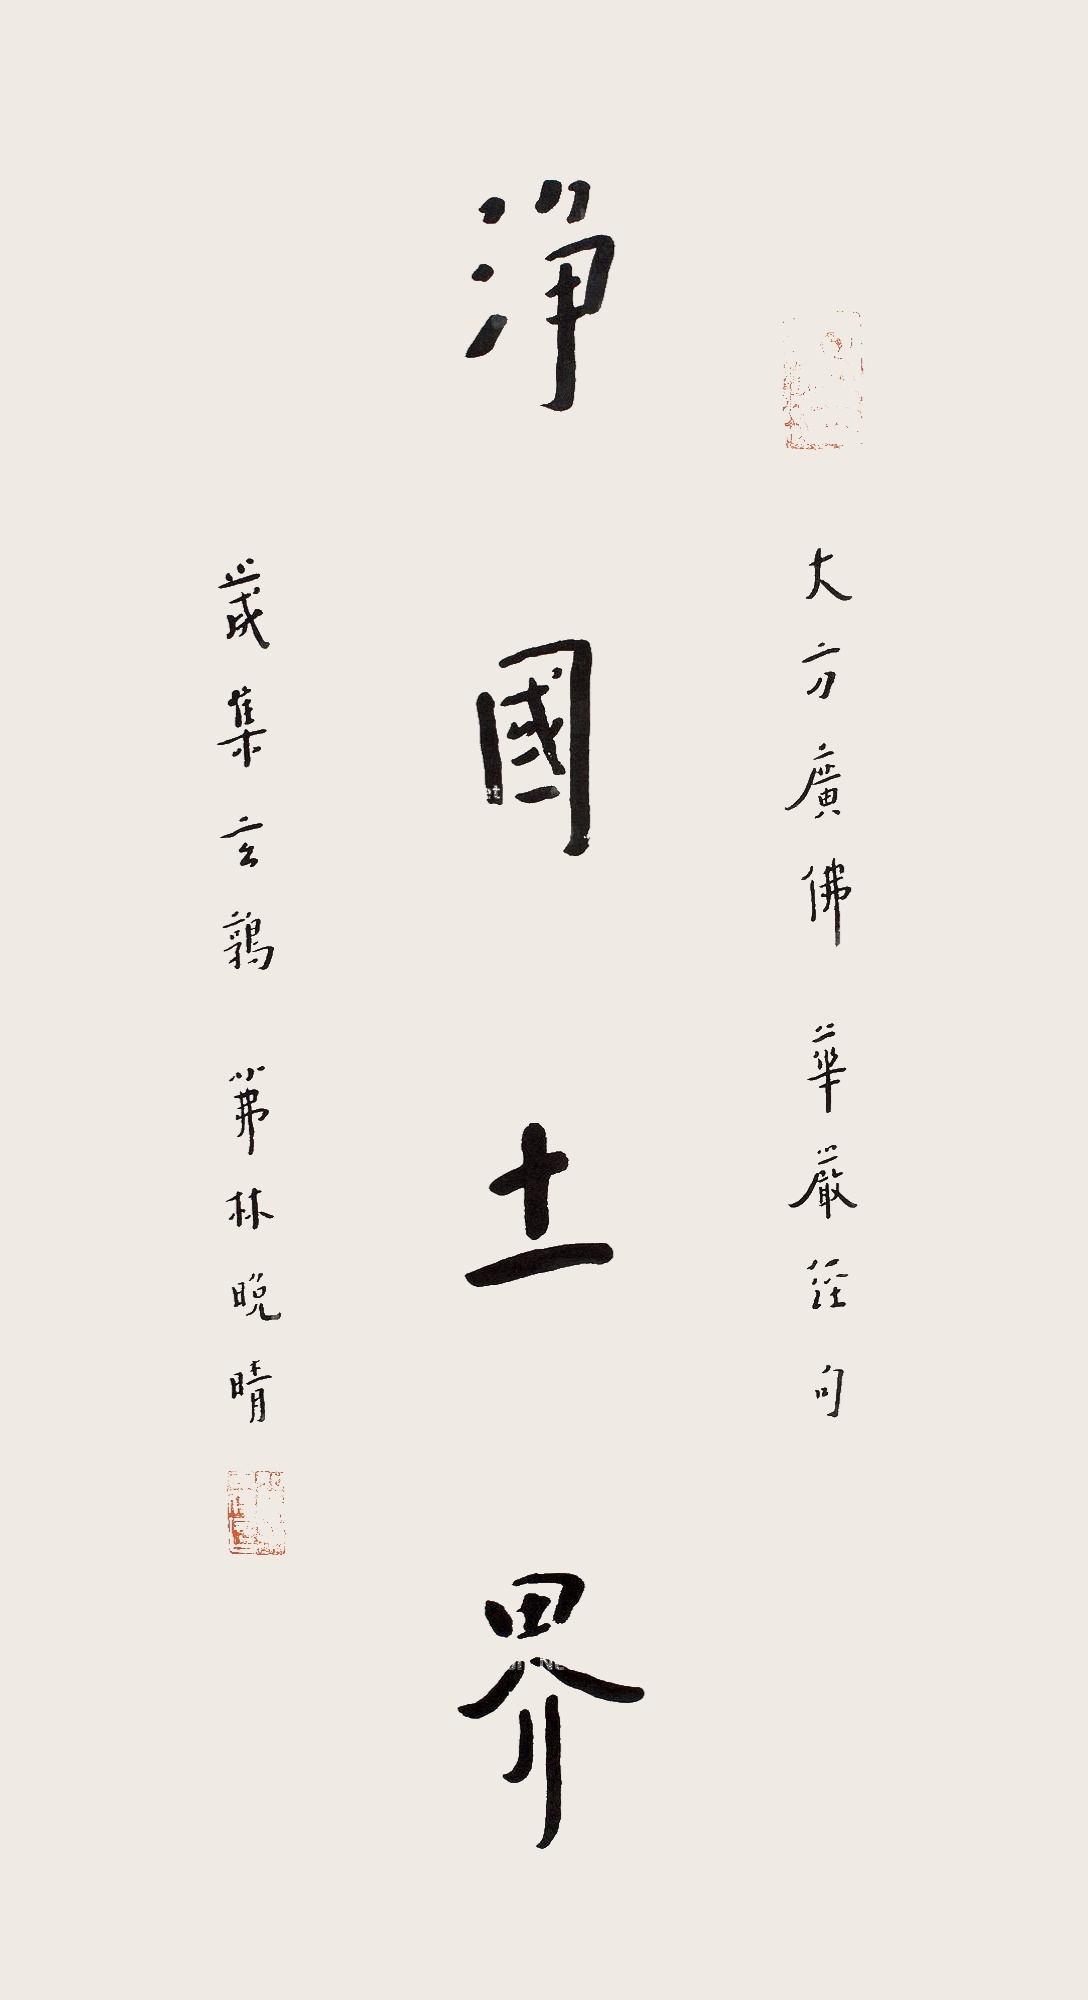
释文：佛界净土。大方广佛华严经句岁集玄鹑，茀林晚晴。